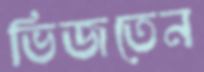
ভিজতেন